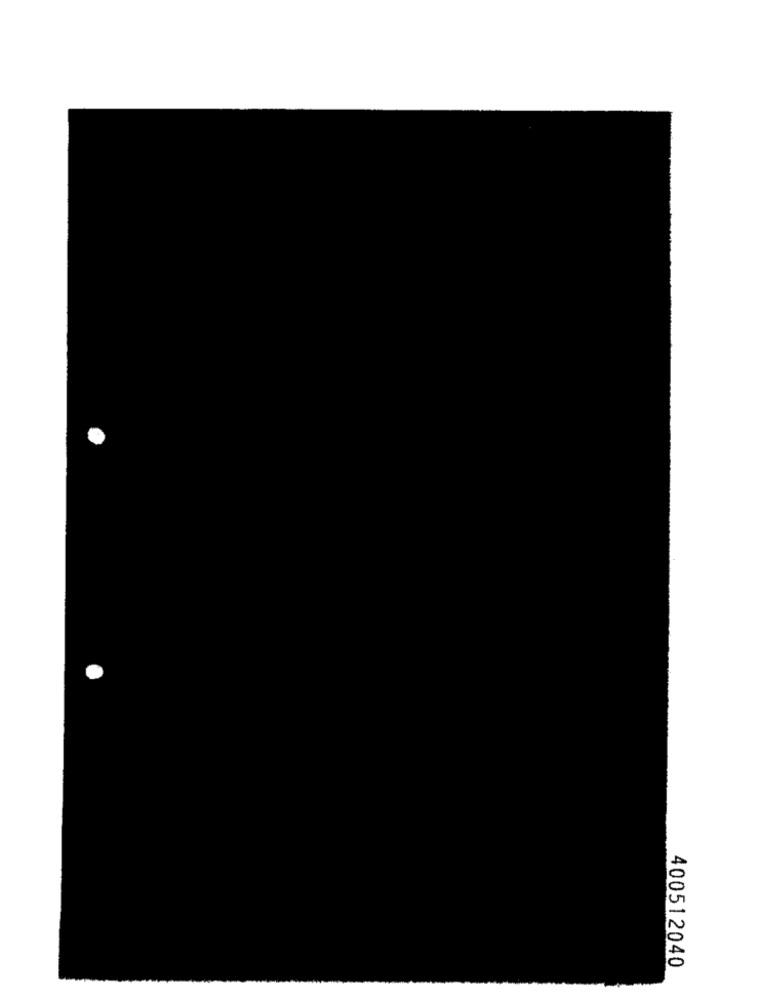
400512040